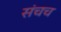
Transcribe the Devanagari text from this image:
संचच